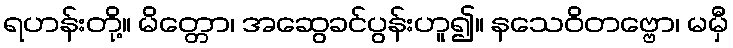
ရဟန်းတို့။ မိတ္တော၊ အဆွေခင်ပွန်းဟူ၍။ နသေဝိတဗ္ဗော၊ မမှီ